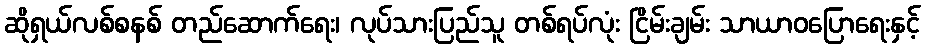
ဆိုရှယ်လစ်စနစ် တည်ဆောက်ရေး၊ လုပ်သားပြည်သူ တစ်ရပ်လုံး ငြိမ်းချမ်း သာယာဝပြောရေးနှင့်